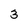
Character: 3